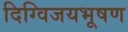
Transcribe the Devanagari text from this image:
दिग्विजयभूषण